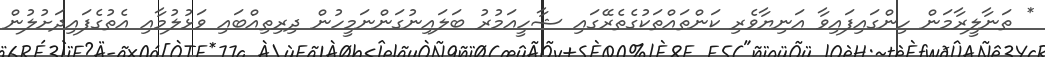
* ތަނާލީރާމަން ހިންގައިފައިވާ އަނިޔާވެރި ކަންތައްތަކުގެތެރޭގައި ޝާހީއަމުރު ބަލައިނުގަންނަމީހުން ދިރިތިއްބައި ވަޅުލުމާއި އެތުގެފައިދަށުލުން